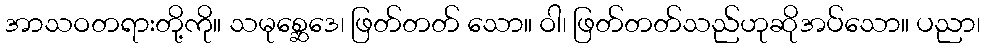
အာသဝတရားတို့ကို။ သမုစ္ဆေဒေ၊ ဖြတ်တတ် သော။ ဝါ၊ ဖြတ်တတ်သည်ဟုဆိုအပ်သော။ ပညာ၊